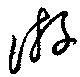
游